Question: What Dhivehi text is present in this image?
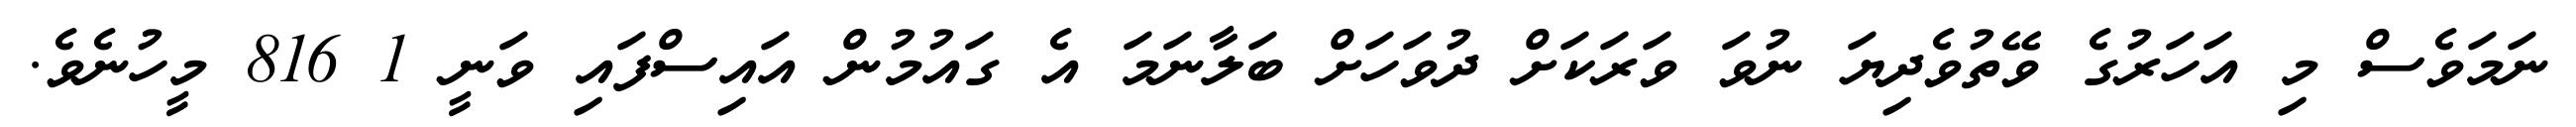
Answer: ނަމަވެސް މި އަހަރުގެ ވޭތުވެދިޔަ ނުވަ ވަރަކަށް ދުވަހަށް ބަލާނަމަ އެ ގައުމުން އައިސްފައި ވަނީ 1 816 މީހުނެވެ.